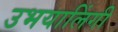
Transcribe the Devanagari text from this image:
उभयालिंगी